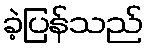
ခဲ့ပြန်သည်